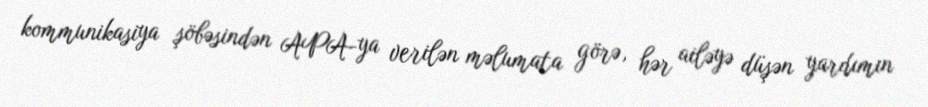
kommunikasiya şöbəsindən APA-ya verilən məlumata görə, hər ailəyə düşən yardımın